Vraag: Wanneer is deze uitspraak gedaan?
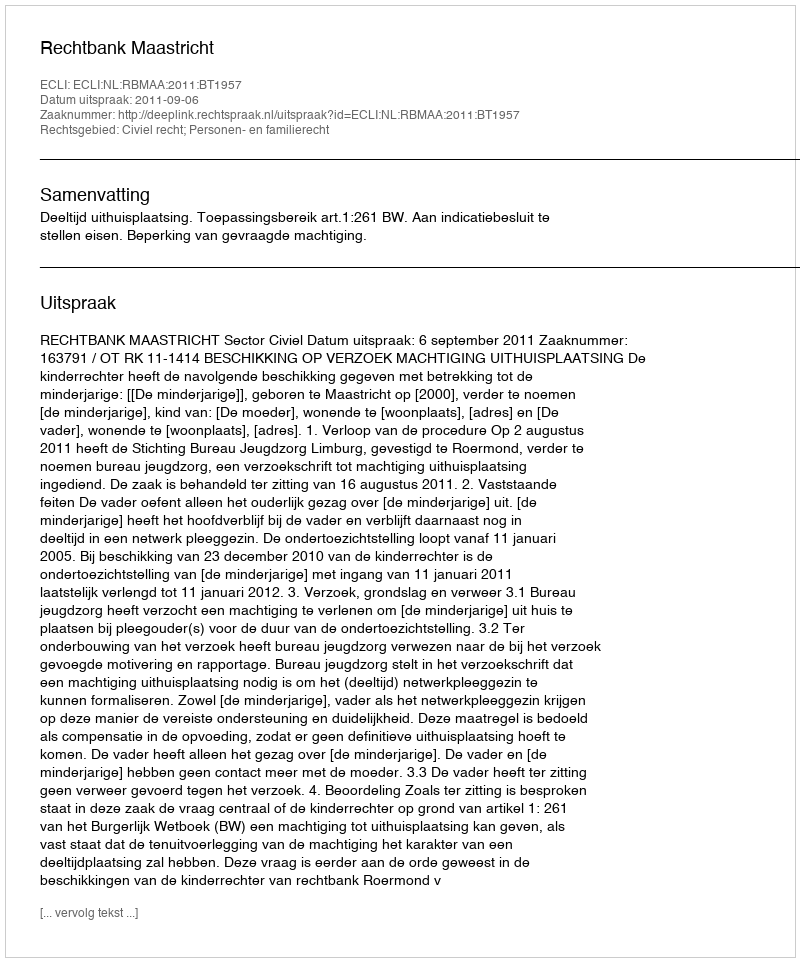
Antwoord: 2011-09-06